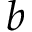
b